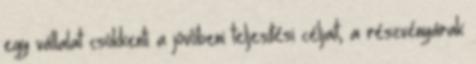
egy vállalat csökkenti a jövőbeni teljesítési céljait, a részvényárak